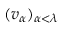
( v _ { \alpha } ) _ { \alpha < \lambda }